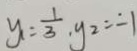
y _ { 1 } = \frac { 1 } { 3 } , y _ { 2 } = - 1